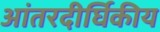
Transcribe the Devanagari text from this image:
आंतरदीर्घिकीय